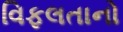
વિફલતાનો